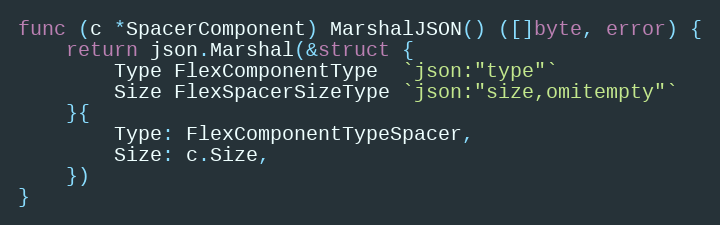
Language: Go
func (c *SpacerComponent) MarshalJSON() ([]byte, error) {
	return json.Marshal(&struct {
		Type FlexComponentType  `json:"type"`
		Size FlexSpacerSizeType `json:"size,omitempty"`
	}{
		Type: FlexComponentTypeSpacer,
		Size: c.Size,
	})
}